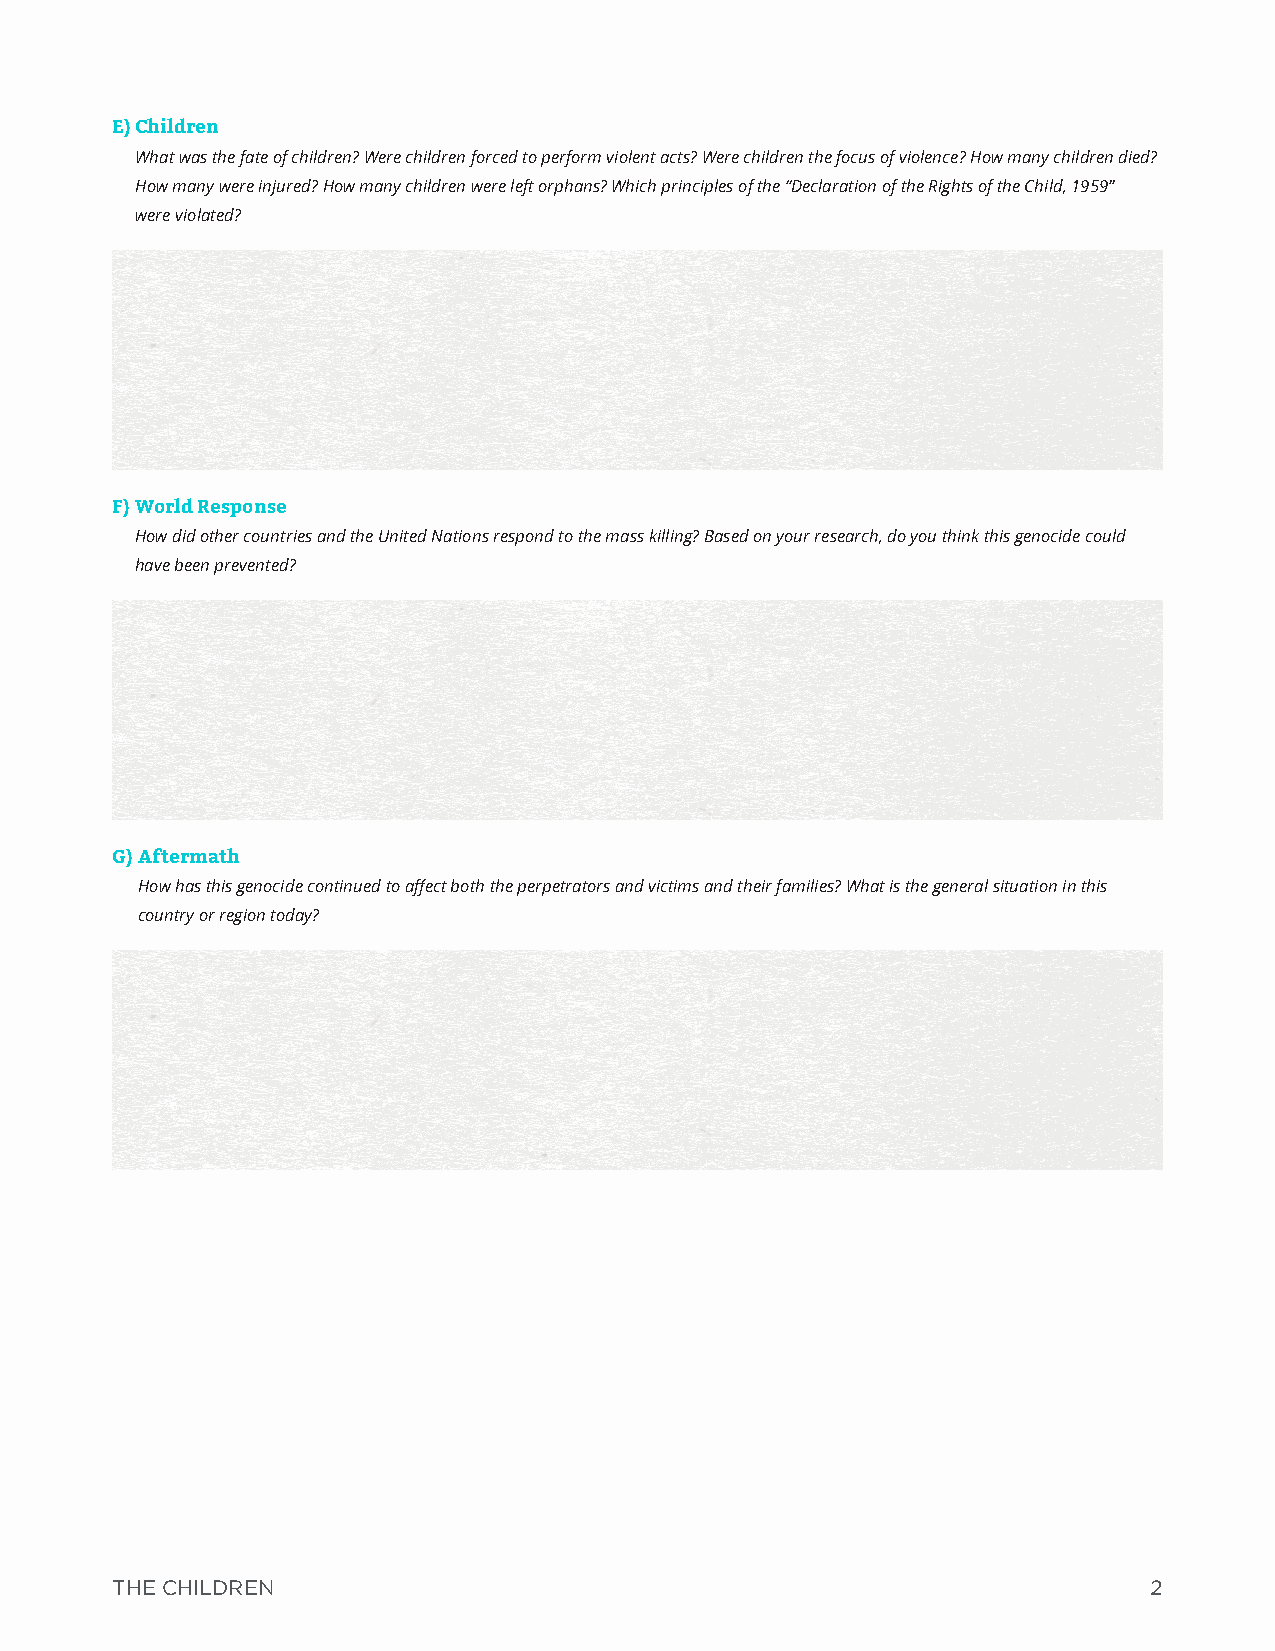
E) Children
 What was the fate of children? Were children forced to perform violent acts? Were children the focus of violence? How many children died?
 How many were injured? How many children were left orphans? Which principles of the “Declaration of the Rights of the Child, 1959”
 were violated?
 F) W orld Response
 How did other countries and the United Nations respond to the mass killing? Based on your research, do you think this genocide could
 have been prevented?
 G) Aftermath
 How has this genocide continued to affect both the perpetrators and victims and their families? What is the general situation in this
 country or region today?
 THE CHILDREN                                                         2